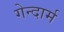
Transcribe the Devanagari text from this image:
गेन्दार्म